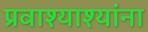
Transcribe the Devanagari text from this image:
प्रवाश्याश्यांना